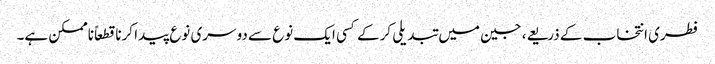
فطری انتخاب کے ذریعے، جین میں تبدیلی کرکے کسی ایک نوع سے دوسری نوع پیدا کرنا قطعاً ناممکن ہے۔